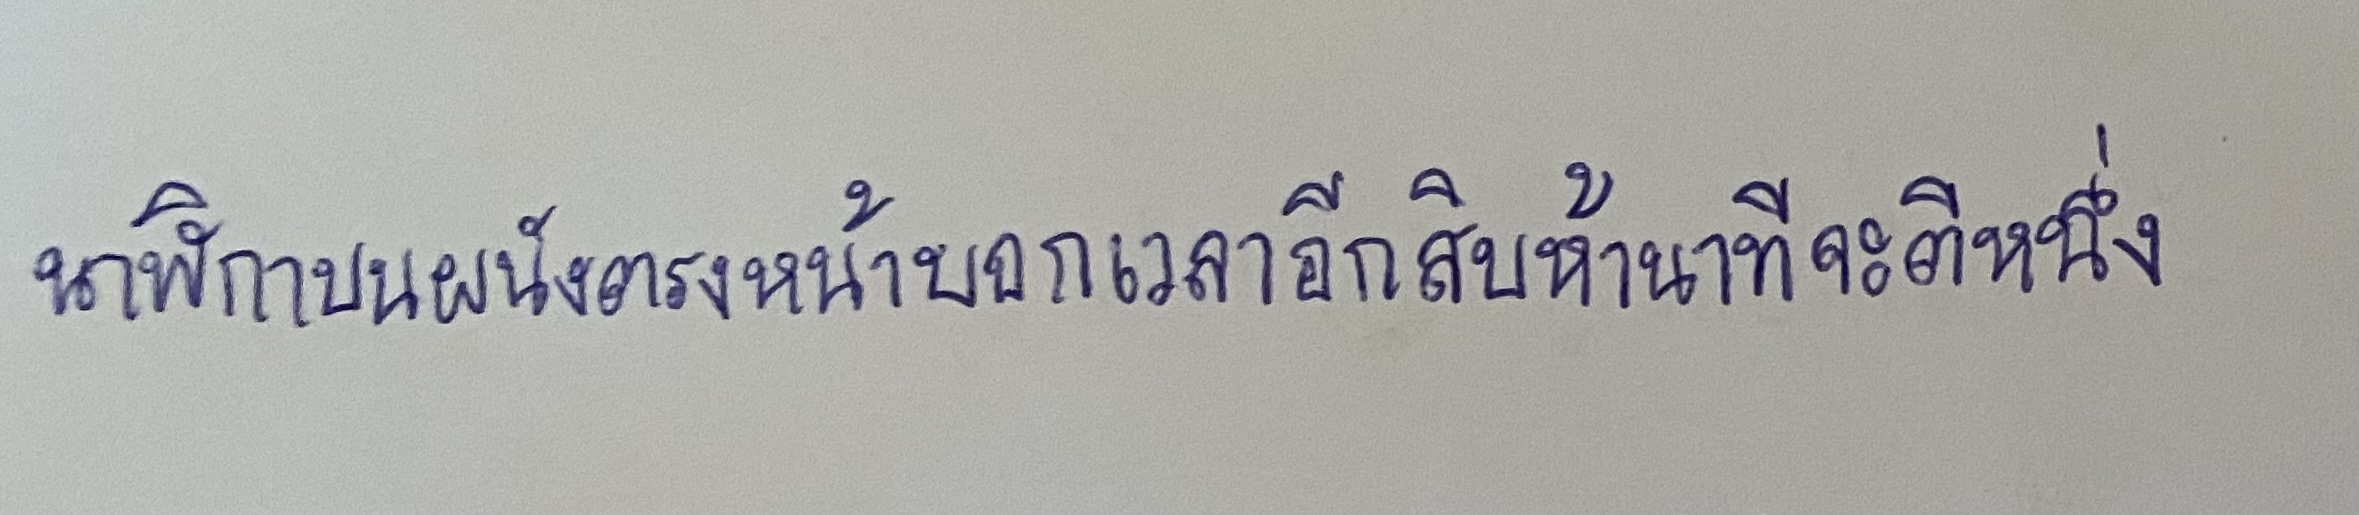
นาฬิกาบนผนังตรงหน้าบอกเวลาอีกสิบห้านาทีจะตีหนึ่ง